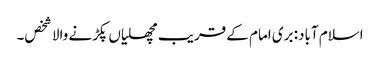
اسلام آباد: بری امام کے قریب مچھلیاں پکڑنے والا شخص۔